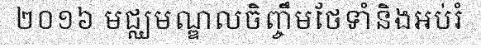
២០១៦ មជ្ឈមណ្ឌលចិញ្ចឹមថែទាំនិងអប់រំ